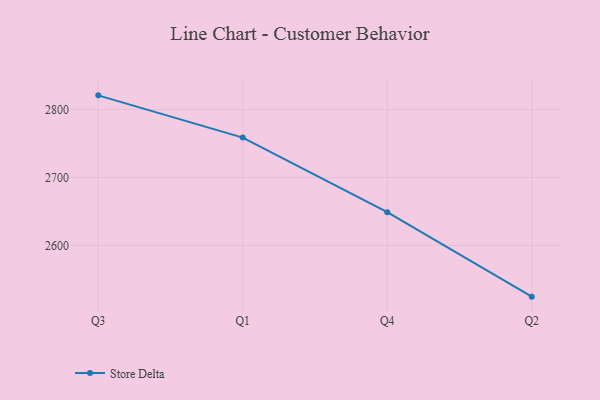
{"axis": {"x": "Quarter", "y": "Revenue (USD Million)"}, "legend": ["Store Delta"], "data": [{"x": "Q3", "y": 2821.0, "type": "Store Delta"}, {"x": "Q1", "y": 2758.8, "type": "Store Delta"}, {"x": "Q4", "y": 2648.8, "type": "Store Delta"}, {"x": "Q2", "y": 2524.4, "type": "Store Delta"}]}